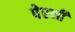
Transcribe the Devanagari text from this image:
पेरनी